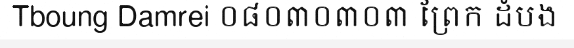
Tboung Damrei ០៨០៣០៣០៣ ព្រែក ដំបង